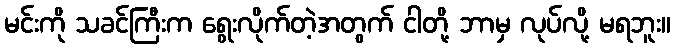
မင်းကို သခင်ကြီးက ရွေးလိုက်တဲ့အတွက် ငါတို့ ဘာမှ လုပ်လို့ မရဘူး။